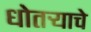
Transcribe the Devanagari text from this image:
धोतर्‍याचे